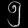
Digit: ၅